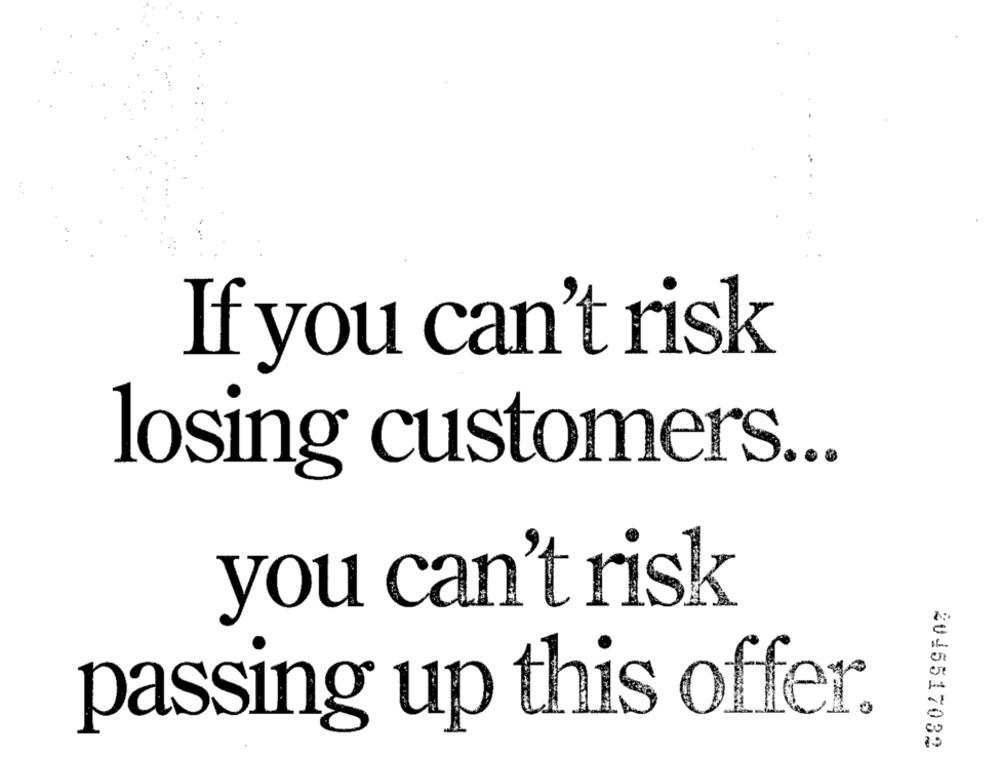
If you can't risk
losing customers ...
you can't risk
passing up this offer.
2045517032